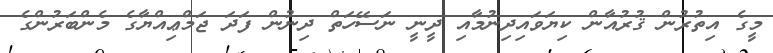
މީގެ އިތުރުން ޤުރުއާން ކިޔަވައިދިނުމާއި ދީނީ ނަސޭހަތް ދިނުން ފަދަ ޖަމްޢިއްޔާގެ މެންބަރުންގެ